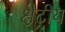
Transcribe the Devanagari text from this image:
क्षेट्रीय